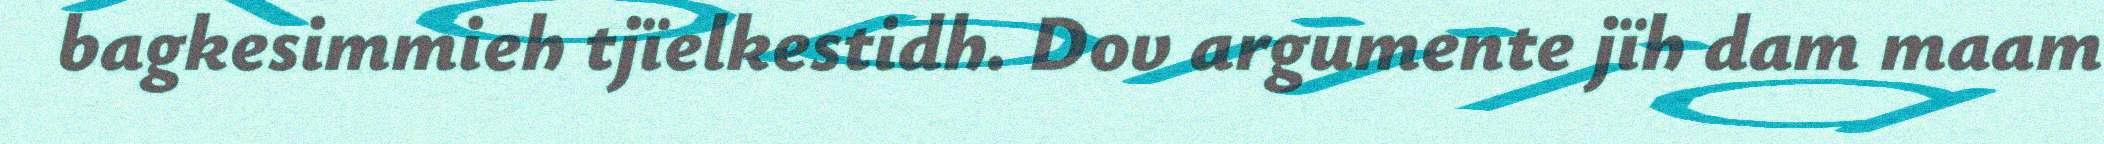
bagkesimmieh tjïelkestidh. Dov argumente jïh dam maam